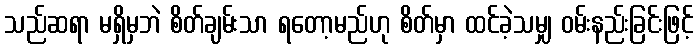
သည်ဆရာ မရှိမှဘဲ စိတ်ချမ်းသာ ရတော့မည်ဟု စိတ်မှာ ထင်ခဲ့သမျှ ဝမ်းနည်းခြင်းဖြင့်